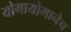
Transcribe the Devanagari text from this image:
योगायोगानेच